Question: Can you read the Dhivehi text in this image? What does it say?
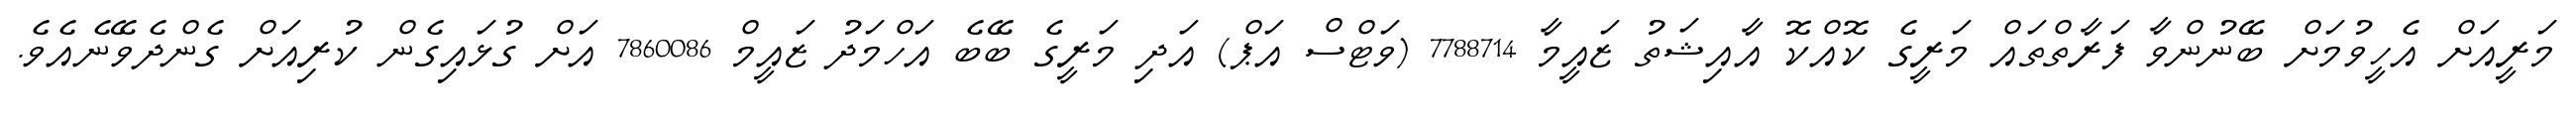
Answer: މަރީއަށް އެހީވުމަށް ބޭނުންވާ ފަރާތްތައް މަރީގެ ކޮއްކޮ އާއިޝަތު ޒައީމާ 7788714 (ވަޓްސް އަޕް) އަދި މަރީގެ ބޭބެ އަހްމަދު ޒައީމް 7860086 އަށް ގުޅައިގެން ކުރިއަށް ގެންދެވޭނެއެވެ.